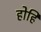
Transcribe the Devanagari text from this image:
होहि